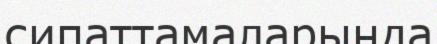
сипаттамаларында